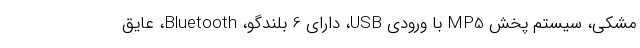
مشکی، سیستم پخش MP5 با ورودی USB، دارای 6 بلندگو، Bluetooth، عایق